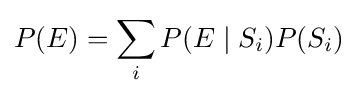
P(E)=\sum _{i}P(E\mid S_{i})P(S_{i})